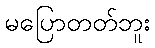
မပြောတတ်ဘူး